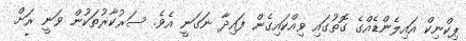
ޕިކްނިކް އައިލެންޑެއްގެ ގޮތުގައި ވިއްކައިގެން ފައިދާ ނަގަނީ އެވެ. ސަރުކާރުތަކުން ވަނީ ރަށް